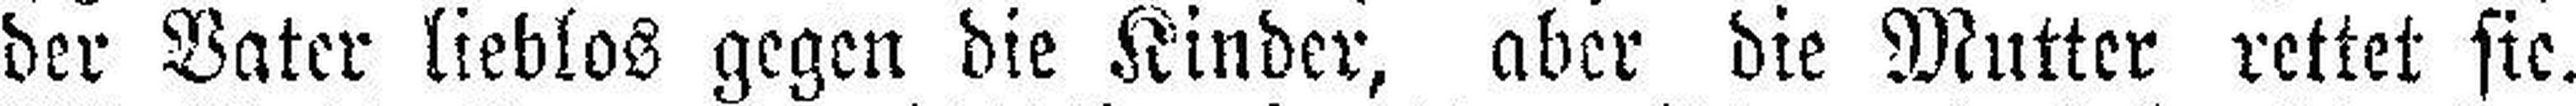
der Vater lieblos gegen die Kinder, aber die Mutter rettet sie.